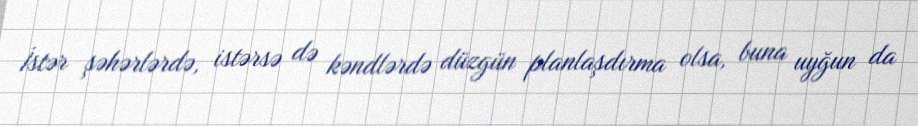
İstər şəhərlərdə, istərsə də kəndlərdə düzgün planlaşdırma olsa, buna uyğun da